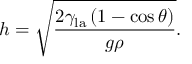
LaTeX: h = { \sqrt { \frac { 2 \gamma _ { \mathrm { l a } } \left( 1 - \cos \theta \right) } { g \rho } } } .